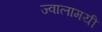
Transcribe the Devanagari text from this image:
ज्‍वालामयी